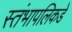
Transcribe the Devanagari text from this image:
स्तंभापलिकडे